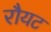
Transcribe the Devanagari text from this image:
रौयट